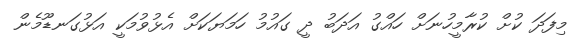
މިފަދަ ކުށް ކުރާމީހުނަށް ހައްގު އަދަބު ދީ ގައުމު ހަމަޔަކަށް އެޅުވުމަކީ އަޅުގަނޑޫމެން